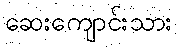
ဆေးကျောင်းသား